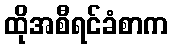
ထိုအစီရင်ခံစာက